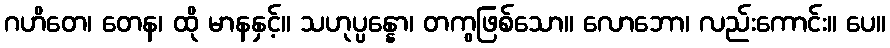
ဂဟိတေ၊ တေန၊ ထို မာနနှင့်။ သဟုပ္ပန္နော၊ တကွဖြစ်သော။ လောဘော၊ လည်းကောင်း။ ပေ။